Civil Veterinary Department Bihar reports 1936-40 - 1936-1940
Year: 1936
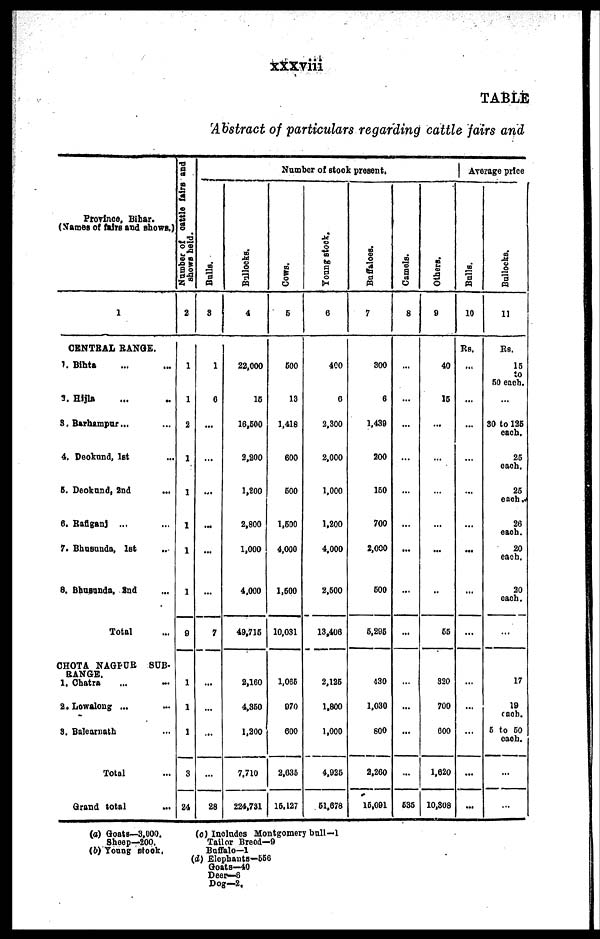
xxxviii
TABLE
Abstract of particulars regarding cattle fairs and
Province, Bihar.
(Names of fairs and shows.)
1
CENTRAL RANGE.
1. Bihta ... ...
3. Hijla ... ...
3. Barhampur... ...
4. Deokund, 1st ...
5. Deokund, 2nd
...
6. Rafiganj ... ...
7. Bhusunda, 1st ...
8, Bhusunda, 2nd ...
Total ...
CHOTA NAGPUR SUB-
RANGE.
1. Chatra ... ...
2.Lowalong ... ...
3. Balearnath ...
Total ...
Grand total ...
Number of cattle fairs and
shows held.
2
1
1
2
1
1
1
1
1
9
1
1
1
3
24
Number of stock present.
Bulls.
3
1
6
...
...
...
...
...
...
7
...
...
...
...
28
Bullocks.
4
22,000
16
16,600
2,200
1,200
2,800
1,000
4.000
49,716
2,160
4,360
1,200
7,710
224,731
Cows.
5
600
13
1,418
600
600
1,600
4,000
1,600
10,031
1,065
970
600
2,635
15,127
Young stock.
6
400
6
2,300
2,000
1,000
1,200
4,000
2,600
13,408
2,126
1,800
1,000
4,025
61,678
Buffaloes.
7
300
6
1,430
200
150
700
2,000
600
5,295
430
1,030
800
2,200
15,091
Camels.
8
...
...
...
...
...
...
...
...
...
...
...
...
...
535
Others.
9
40
15
...
...
...
...
...
...
55
320
700
600
1,620
10,808
Average price
Bulls.
10
RS.
...
...
...
...
...
...
...
...
...
...
...
...
...
...
Bullocks.
11
Rs.
15
50 each.
...
30 to 125
each.
25
each.
25
each.
26
each.
20
each.
20
each.
...
17
19
each.
5 to 50
each.
...
...
(a) Goats—3,000.
Sheep—200,
(b) Young stock.
(c) Includes Montgomery bull—1
Tailor Breed—9
Buffalo—1
(d) Elephants-556
Goats—40
Deer—8
Dog—2,